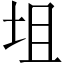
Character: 坥